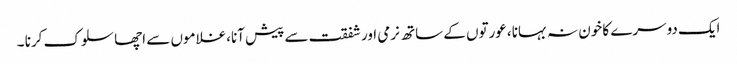
ایک دوسرے کا خون نہ بہانا ،عورتوں کے ساتھ نرمی اورشفقت سے پیش آنا،غلاموں سے اچھا سلوک کرنا ۔